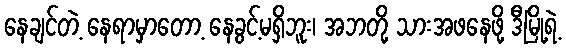
နေချင်တဲ့ နေရာမှာတော့ နေခွင့်မရှိဘူး၊ အဘတို့ သားအဖနေဖို့ ဒီမြို့ရဲ့